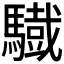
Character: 𩦕